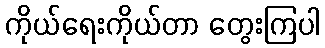
ကိုယ်ရေးကိုယ်တာ တွေးကြပါ